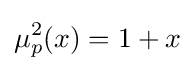
\mu _{p}^{2}(x)=1+x